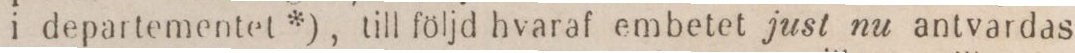
i departementet*), till följd hvaraf embetet just nu antvardas